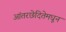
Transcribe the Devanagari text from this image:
आंतरछेदितेमधून